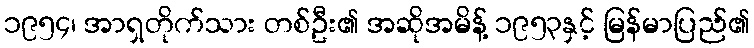
၁၉၅၄၊ အာရှတိုက်သား တစ်ဦး၏ အဆိုအမိန့် ၁၉၅၃နှင့် မြန်မာပြည်၏